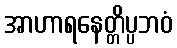
အာဟာရနေတ္တိပ္ပဘဝံ